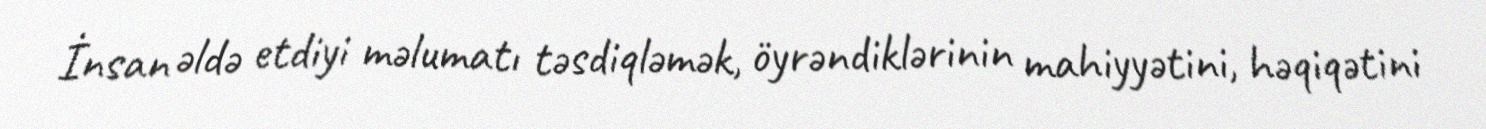
İnsan əldə etdiyi məlumatı təsdiqləmək, öyrəndiklərinin mahiyyətini, həqiqətini